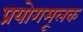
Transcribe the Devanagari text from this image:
प्रयोगमूलक